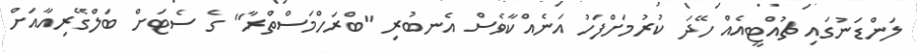
ލަންޑަނުގައި ޗުއްޓީއެއް ހޭދަ ކުރުމަށްފަހު އަނެއްކާވެސް އެނބުރި "ބްރަހްމަސްތްރާ" ގެ ސެޓަށް ބަލްގޭރިއާއަށް